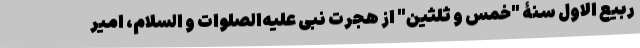
ربیع الاول سنۀ "خمس و ثلثین" از هجرت نبی علیه‌الصلوات و السلام، امیر